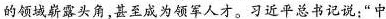
的领域崭露头角，甚至成为领军人才。习近平总书记说：”中